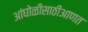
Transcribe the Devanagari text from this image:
आंघोळीसाठीआणत